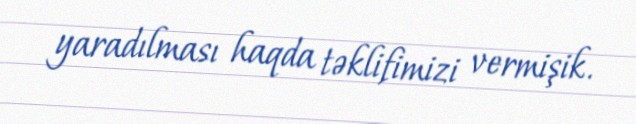
yaradılması haqda təklifimizi vermişik.